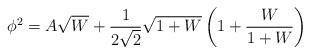
LaTeX: \begin{align*}\phi^2 = A \sqrt{W} + \frac{1}{2 \sqrt{2}} \sqrt{1+W} \left ( 1+\frac{W}{1+W} \right)\end{align*}